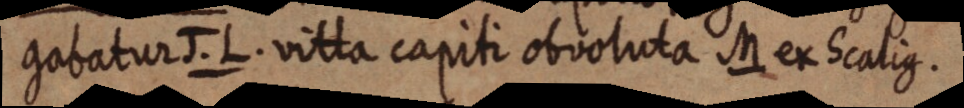
gabatur J. L. vitta capiti obvoluta M ex Scalius.